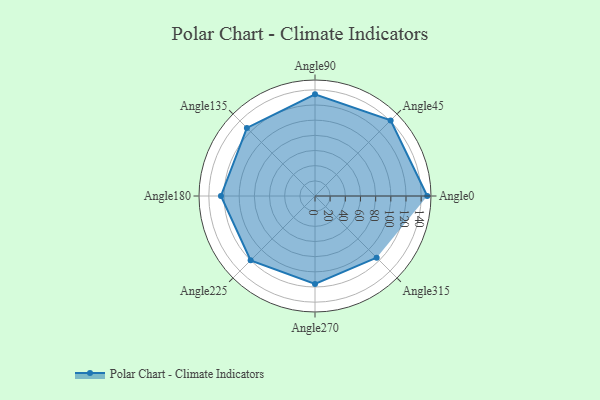
{"axis": {"x": "Angle", "y": "Radius"}, "legend": [""], "data": [{"x": "Angle0", "y": 148.0, "type": ""}, {"x": "Angle45", "y": 141.0, "type": ""}, {"x": "Angle90", "y": 134.0, "type": ""}, {"x": "Angle135", "y": 127.0, "type": ""}, {"x": "Angle180", "y": 124.0, "type": ""}, {"x": "Angle225", "y": 120.0, "type": ""}, {"x": "Angle270", "y": 116.0, "type": ""}, {"x": "Angle315", "y": 115.0, "type": ""}]}